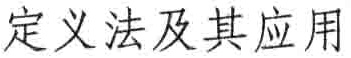
定义法及其应用